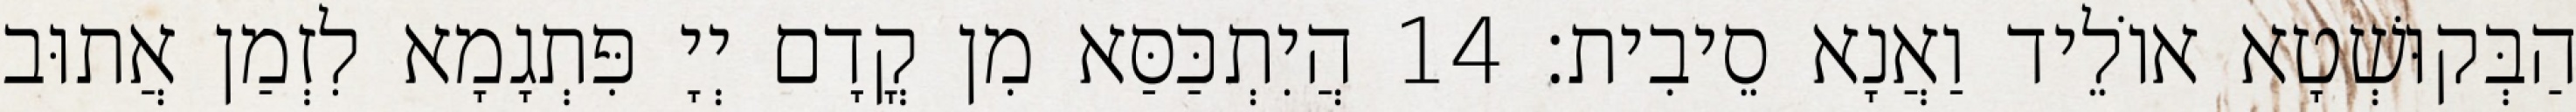
הַבְּקוּשְׁטָא אוֹלֵיד וַאֲנָא סֵיבִית׃ 14 הֲיִתְכַּסַּא מִן קֳדָם יְיָ פִּתְגָמָא לִזְמַן אֲתוּב